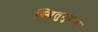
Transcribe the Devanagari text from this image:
स्थितुनुरूप